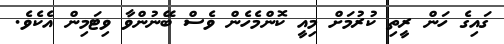
ގައިގެ ހަން ރީތި ކުރުމަށް މިއީ ކޮންމެހެން ވެސް ބޭނުންވާ ވިޓަމިން އެކެވެ.